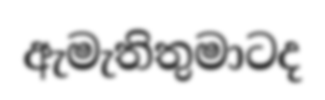
ඇමැතිතුමාටද